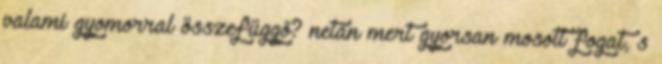
valami gyomorral összefüggõ? netán mert gyorsan mosott fogat, s